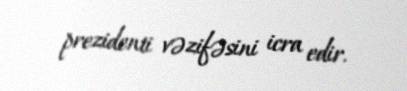
prezidenti vəzifəsini icra edir.